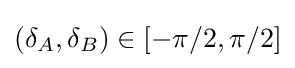
(\delta _{A},\delta _{B})\in [-\pi /2,\pi /2]